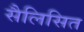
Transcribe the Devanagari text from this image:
सैलिसित